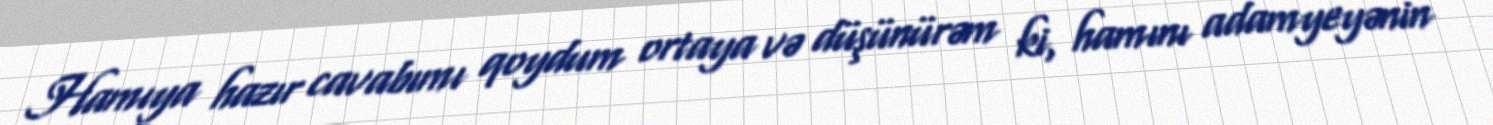
Hamıya hazır cavabımı qoydum ortaya və düşünürəm ki, hamını adamyeyənin